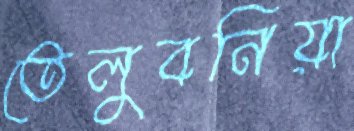
তেলুবনিয়া